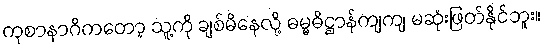
ကုစာနာဂိကတော့ သူ့ကို ချစ်မိနေလို့ ဓမ္မဓိဋ္ဌာန်ကျကျ မဆုံးဖြတ်နိုင်ဘူး။